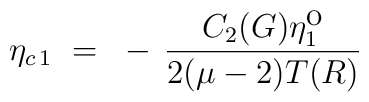
\eta_{c \, 1} ~=~ - \, \frac{C_2(G)\eta^{\mbox{o}}_1}{2(\mu-2)T(R)}